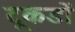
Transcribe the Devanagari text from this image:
टूकडों